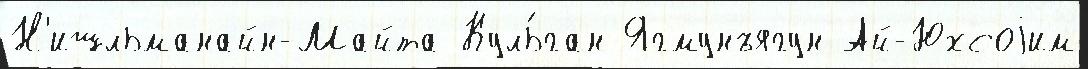
Н'ишльманайн-Майта Куль́ган Ягмунъягун Ай-Юхсоjим